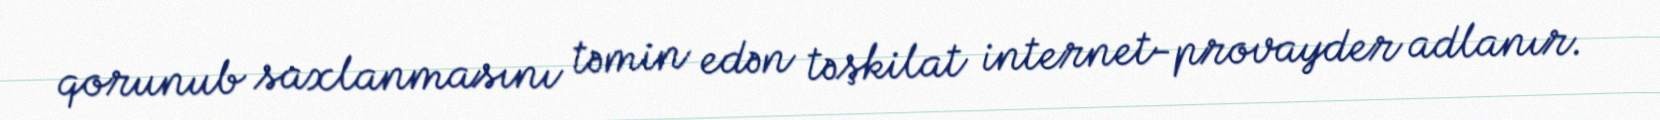
qorunub saxlanmasını təmin edən təşkilat internet-provayder adlanır.